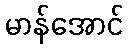
မာန်အောင်